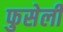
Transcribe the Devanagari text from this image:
फुसेली